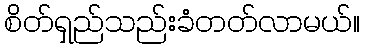
စိတ်ရှည်သည်းခံတတ်လာမယ်။